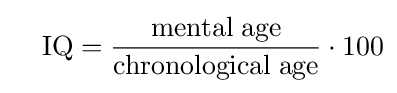
\quad \mathrm {IQ} ={\frac {\mathrm {mental\;age} }{\mathrm {chronological\;age} }}\cdot 100